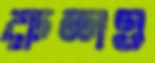
রুশও